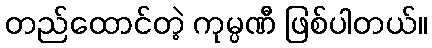
တည်ထောင်တဲ့ ကုမ္ပဏီ ဖြစ်ပါတယ်။